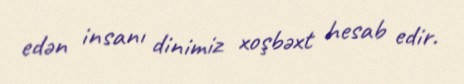
edən insanı dinimiz xoşbəxt hesab edir.